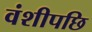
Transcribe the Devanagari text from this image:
वंशीपछि